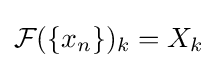
{\mathcal {F}}(\{x_{n}\})_{k}=X_{k}